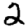
Digit: 2